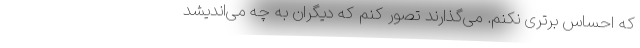
که احساس برتری نکنم. می‌گذارند تصور کنم که دیگران به چه می‌اندیشد